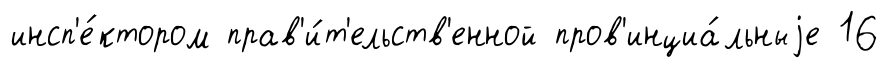
инсп'е́ктором прав'и́т'ельств'енной пров'инциа́льныjе 16